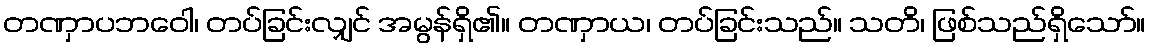
တဏှာပဘဝေါ၊ တပ်ခြင်းလျှင် အမွန်ရှိ၏။ တဏှာယ၊ တပ်ခြင်းသည်။ သတိ၊ ဖြစ်သည်ရှိသော်။